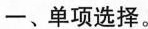
一、单项选择。